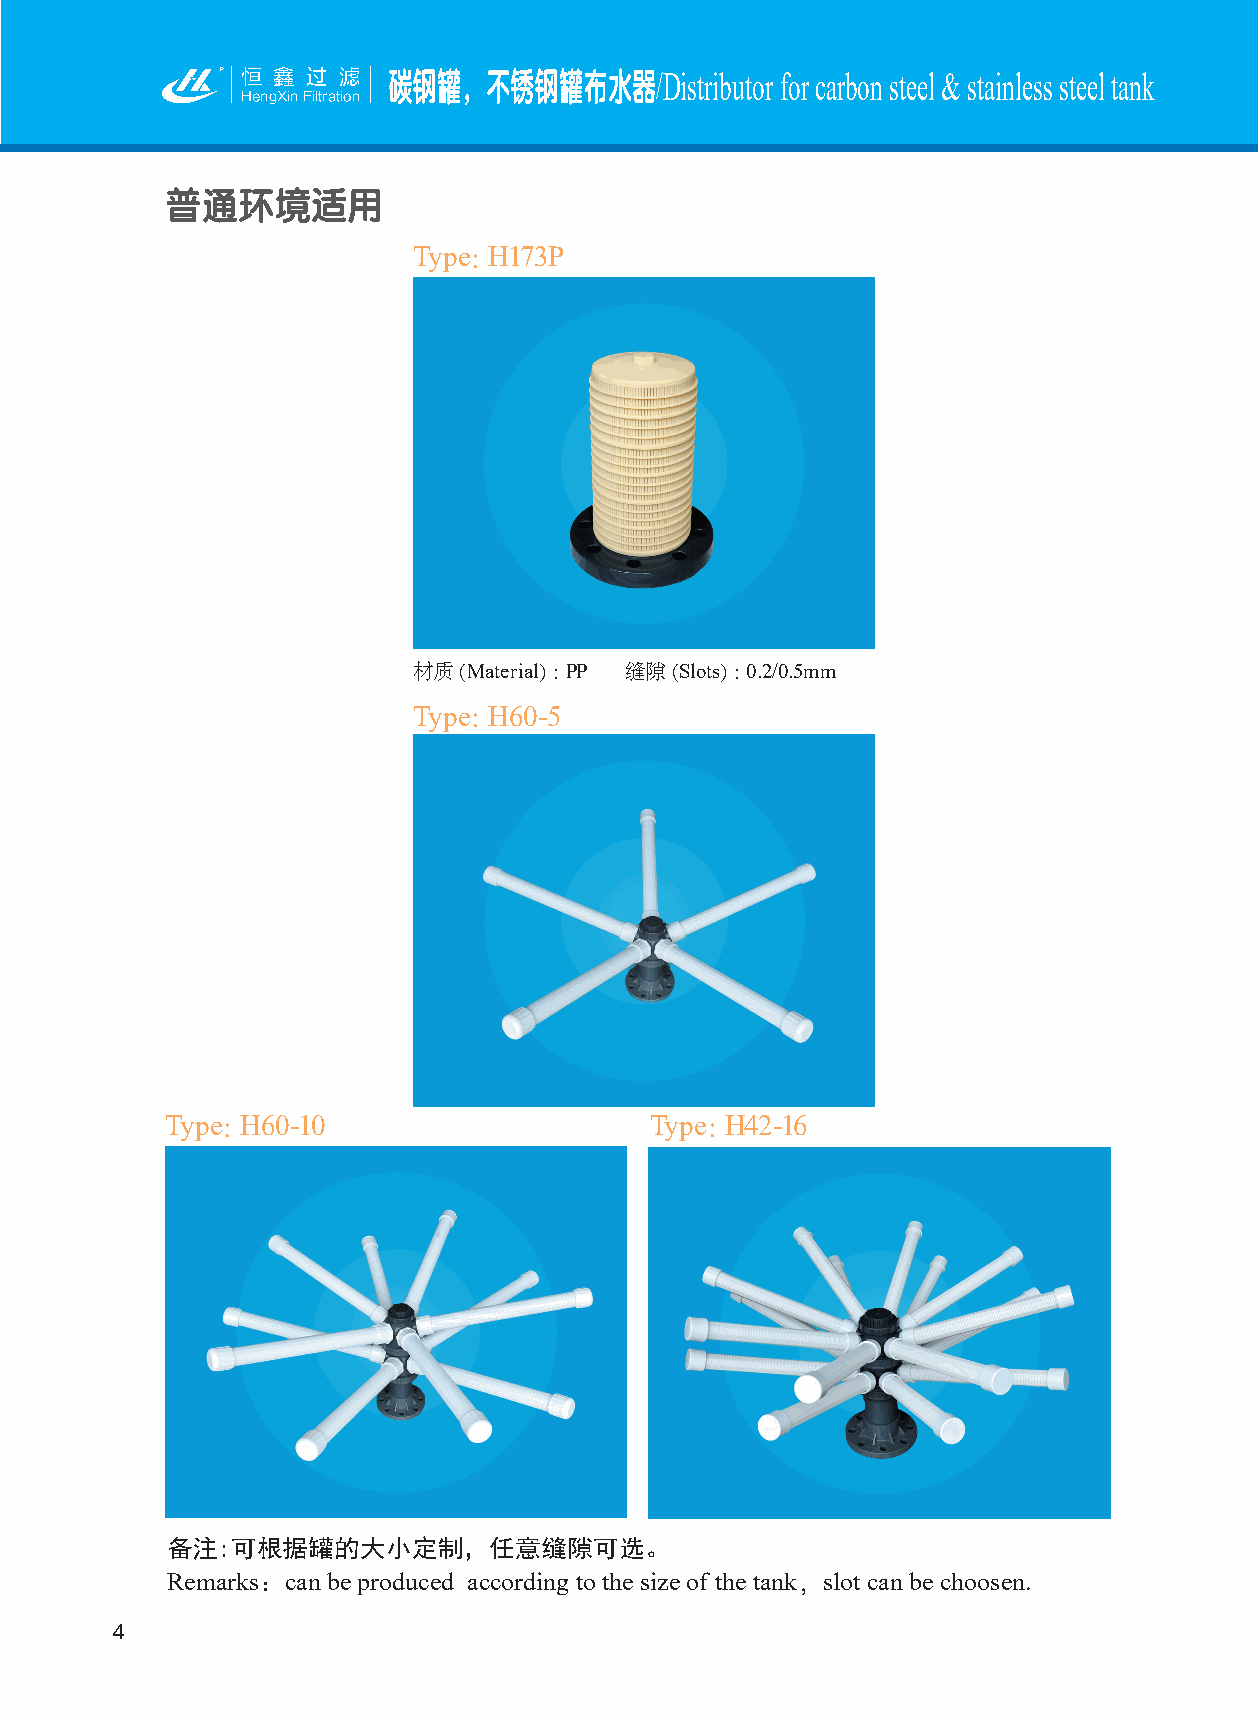
恒 鑫 过 滤   碳钢罐，不锈钢罐布水器/Distributor   for carbon steel & stainless steel tank
 HengXin Filtration
 普通环境适用
 Type：H173P
 材质（Material）：PP 缝隙（Slots）：0.2/0.5mm
 Type：H60-5
 Type：H60-10                     Type：H42-16
 备注:可根据罐的大小定制，任意缝隙可选。
 Remarks：can be produced according to the size of the tank，slot can be choosen.
 4